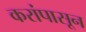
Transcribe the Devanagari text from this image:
करांपासून